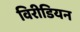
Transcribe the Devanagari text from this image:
विरीडियन